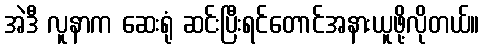
အဲဒီ လူနာက ဆေးရုံ ဆင်းပြီးရင်တောင်အနားယူဖို့လိုတယ်။